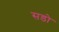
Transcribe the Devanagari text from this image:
सडो